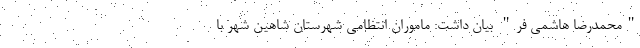
"محمدرضا هاشمی فر" بیان داشت: ماموران انتظامی شهرستان شاهین شهر با